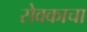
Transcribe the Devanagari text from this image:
सेवकाचा